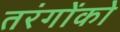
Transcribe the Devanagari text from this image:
तरंगोंको